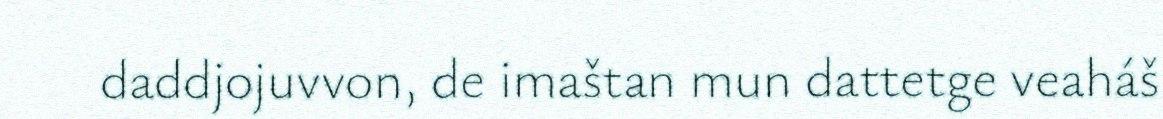
daddjojuvvon, de imaštan mun dattetge veaháš